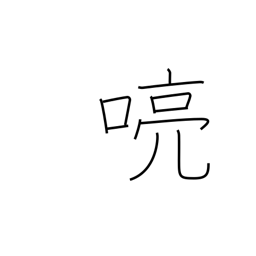
Meaning: clear voice